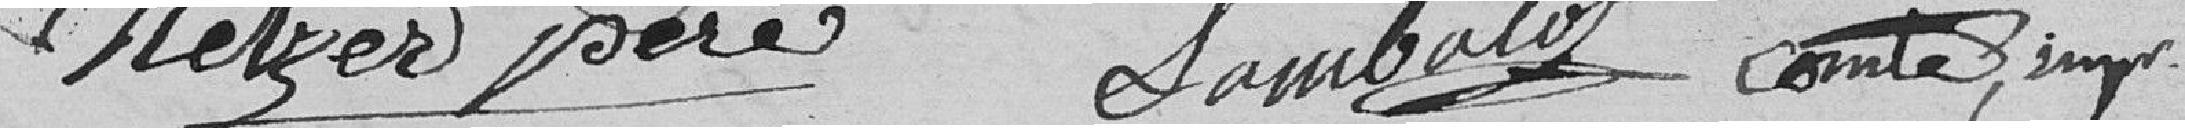
METZER Père    LAMBOLET    COMTE, impr